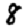
Digit: 8